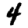
Digit: 4